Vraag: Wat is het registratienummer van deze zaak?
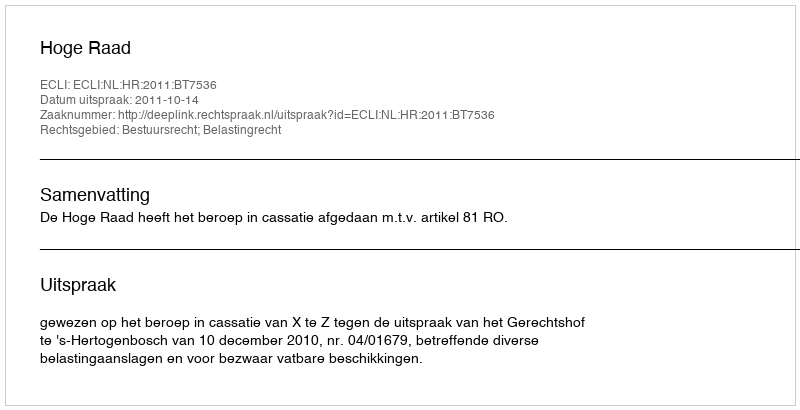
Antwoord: http://deeplink.rechtspraak.nl/uitspraak?id=ECLI:NL:HR:2011:BT7536